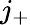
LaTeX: j_{+}